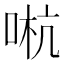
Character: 𠵉